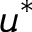
u ^ { * }